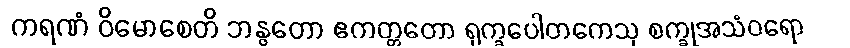
ကရဏံ ဝိမောစေတိ ဘန္ဇတော ဧကတ္တတော ရုက္ခပေါတကေသု စက္ခုအသံဝရော